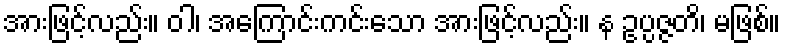
အားဖြင့်လည်း။ ဝါ၊ အကြောင်းကင်းသော အားဖြင့်လည်း။ န ဥပ္ပဇ္ဇတိ၊ မဖြစ်။